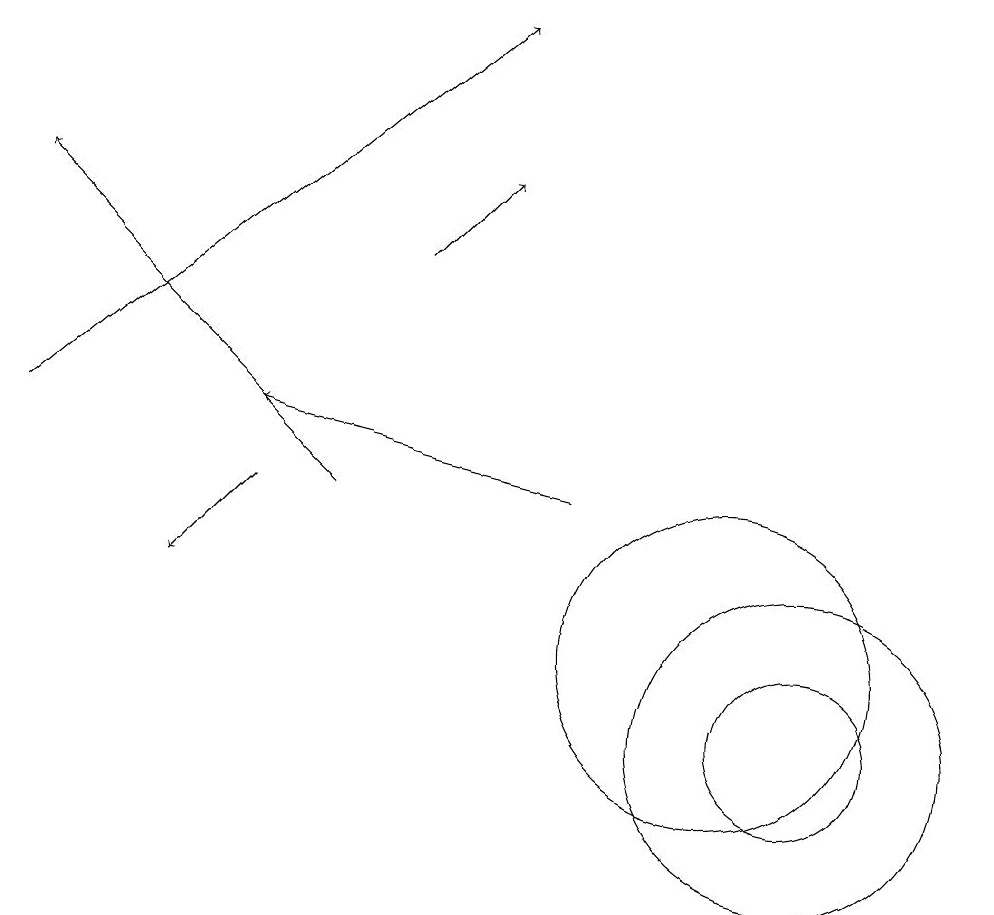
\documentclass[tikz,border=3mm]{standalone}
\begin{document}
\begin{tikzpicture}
\draw (10,11) circle (2);
\draw[->] (1,14) -- (7,19);
\draw (11,10) circle (1);
\draw (11,10) circle (2);
\draw[->] (4,13) -- (3,12);
\draw[->] (6,16) -- (7,17);
\draw[->] (8,13) -- (4,14);
\draw[->] (5,13) -- (1,17);
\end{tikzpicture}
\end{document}